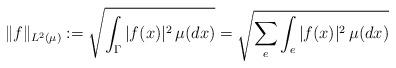
LaTeX: \begin{align*}\|f\|_{L^2(\mu)}:=\sqrt{\int_{\Gamma}|f(x)|^2\,\mu(dx)}=\sqrt{\sum_{e}\int_{e}|f(x)|^2\,\mu(dx)}\end{align*}